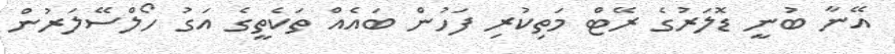
އޭނާ ބުނީ ޑޮލަރުގެ ރޭޓް މަތިކުރި ފަހުން ބައެއް ތަކެތީގެ އަގު ހޯލްސޭލަރުން